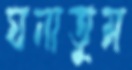
ঘনাতুম